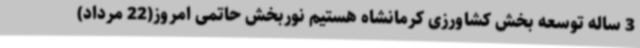
3 ساله توسعه بخش کشاورزی کرمانشاه هستیم نوربخش حاتمی امروز(22 مرداد)